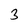
Character: 3